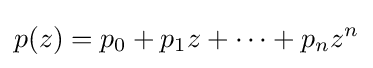
p(z)=p_{0}+p_{1}z+\cdots +p_{n}z^{n}